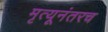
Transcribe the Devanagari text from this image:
मृत्यूनंतरच